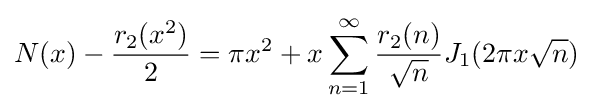
N(x)-{\frac {r_{2}(x^{2})}{2}}=\pi x^{2}+x\sum _{n=1}^{\infty }{\frac {r_{2}(n)}{\sqrt {n}}}J_{1}(2\pi x{\sqrt {n}})